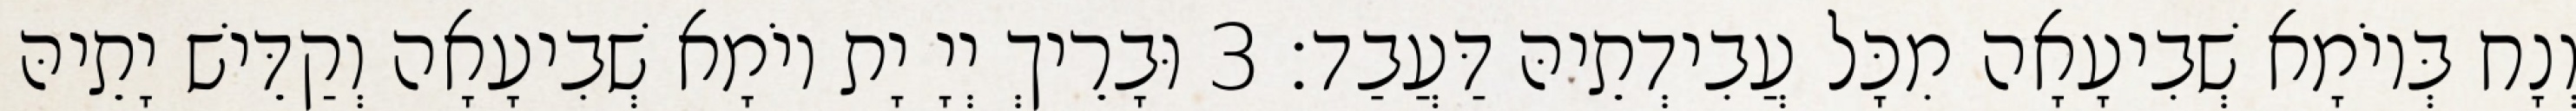
וְנָח בְּיוֹמָא שְׁבִיעָאָה מִכָּל עֲבִידְתֵיהּ דַּעֲבַד׃ 3 וּבָרֵיךְ יְיָ יָת יוֹמָא שְׁבִיעָאָה וְקַדֵּישׁ יָתֵיהּ